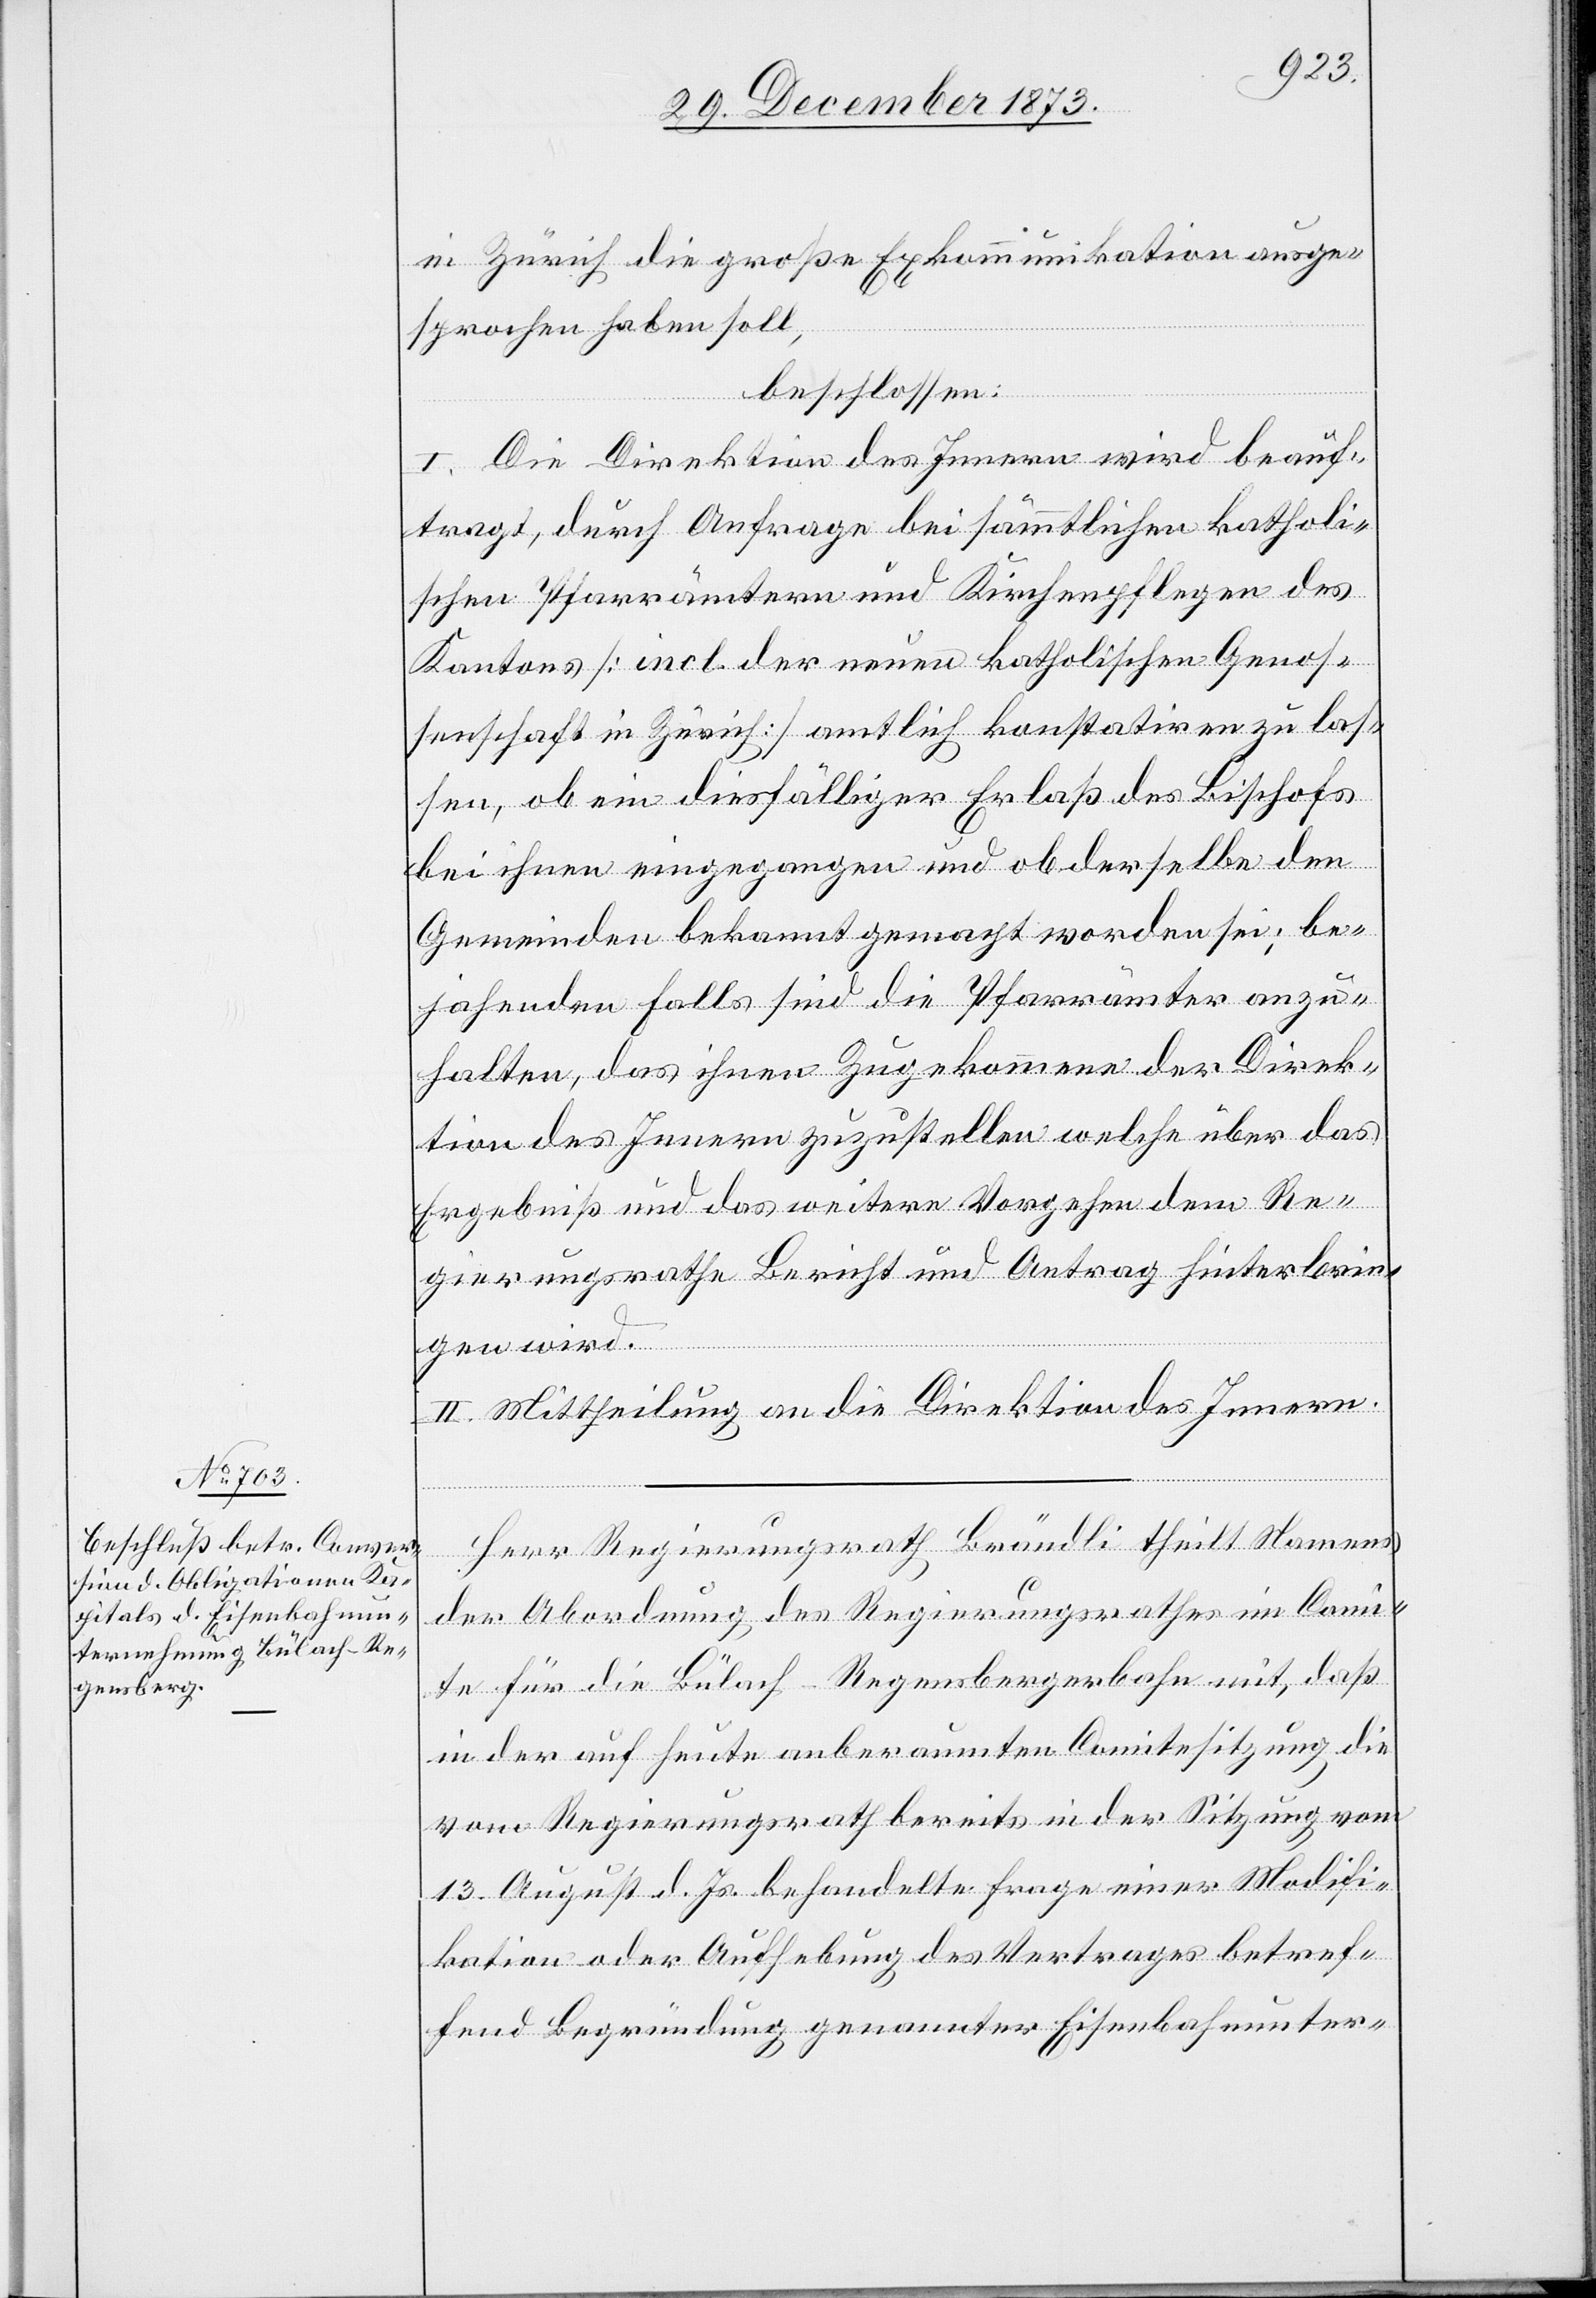
in Zürich die große Exkommunikation ausge¬
sprochen haben soll,
beschlossen:
I. Die Direktion des Innern wird beauf¬
tragt, durch Anfrage bei sämmtlichen katholi¬
schen Pfarrämtern und Kirchenpflegen des
Kantons [incl. der neuen katholischen Genos¬
senschaft in Zürich] amtlich konstatiren zu las¬
sen, ob ein diesfälliger Erlaß des Bischofs
bei ihnen eingegangen und ob derselbe den
Gemeinden bekannt gemacht worden sei; be¬
jahenden Falls sind die Pfarrämter anzu¬
halten, das ihnen Zugekommene der Direk¬
tion des Innern zuzustellen welche über das
Ergebniß und das weitere Vorgehen dem Re¬
gierungsrathe Bericht und Antrag hinterbrin¬
gen wird.
II. Mittheilung an die Direktion des Innern.
Herr Regierungsrath Brändli theilt Namens
der Abordnung des Regierungsrathes im Comi¬
te für die Bülach–Regensbergerbahn mit, daß
in der auf heute anberaumten Comitesitzung die
vom Regierungsrath bereits in der Sitzung vom
13. August d. Js. behandelte Frage einer Modifi¬
kation oder Aufhebung des Vertrages betref¬
fend Begründung genannter Eisenbahnunter-